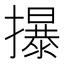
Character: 㩧